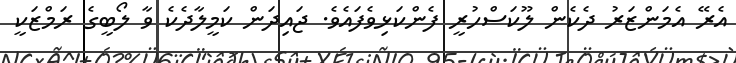
އެރޭ އެމަންޒަރު ދެކެން ލޫކަސްހުރީ ފެންކަޅިވެފައެވެ. ޖައިދަން ކަމީލާދެކެ ވާ ލޯބީގެ ރަމްޒަކީ